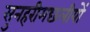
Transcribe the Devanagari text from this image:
सुनहरीमछलीयों